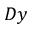
D y